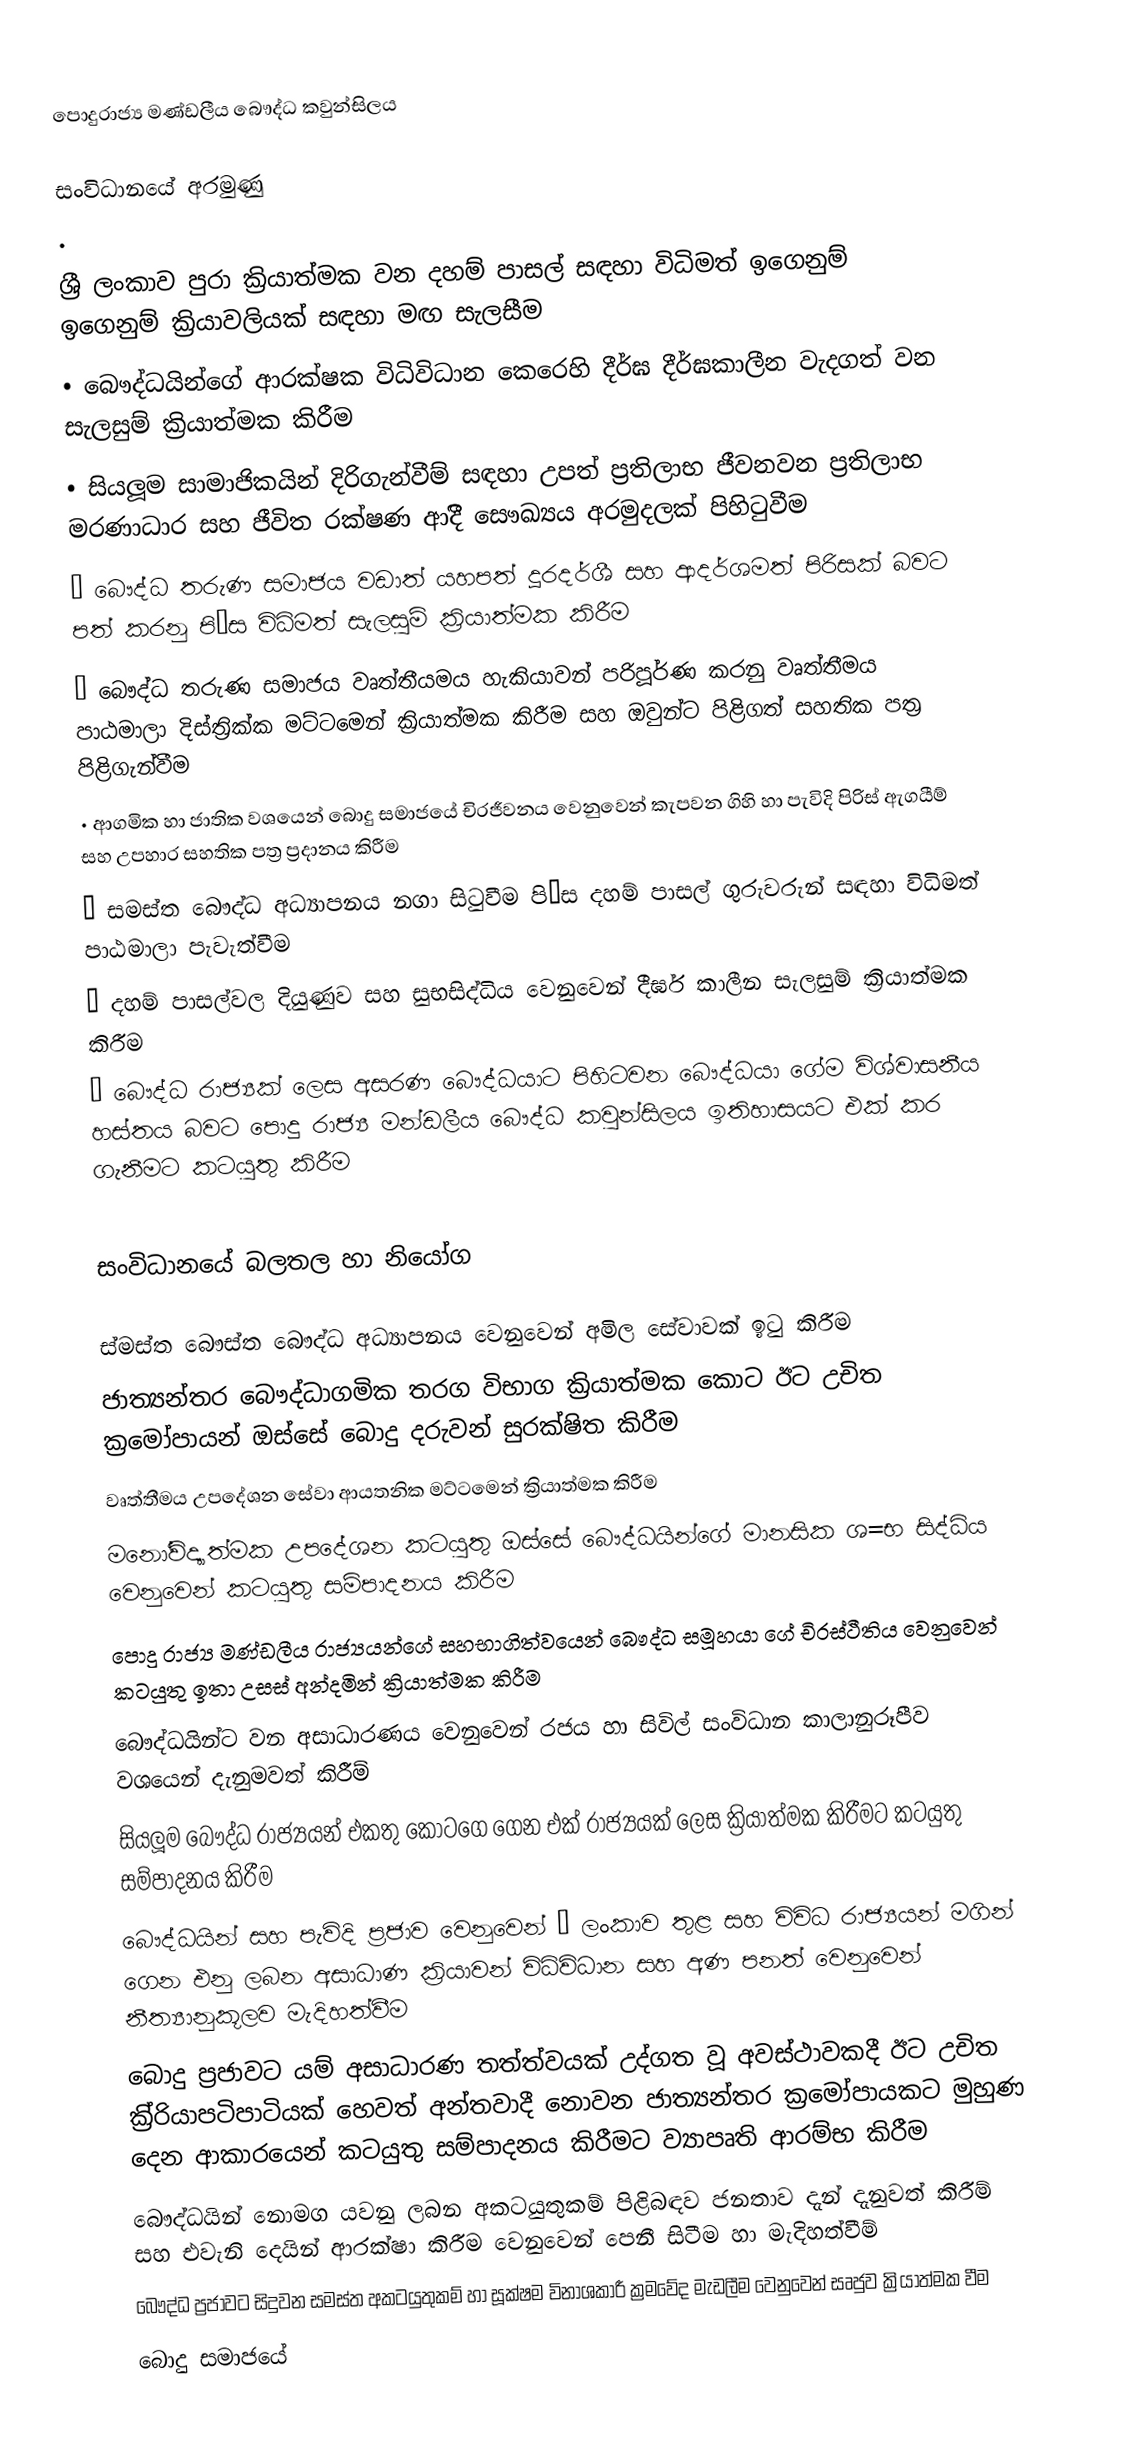
පොදුරාජ්‍ය මණ්ඩලීය බෞද්ධ කවුන්සිලය

සංවිධානයේ අරමුණු
•
 ශ්‍රී ලංකාව පුරා ක්‍රියාත්මක වන දහම් පාසල් සඳහා විධිමත් ඉගෙනුම්  ඉගෙනුම් ක්‍රියාවලියක් සඳහා මඟ සැලසීම
 •	බෞද්ධයින්ගේ  ආරක්ෂක විධිවිධාන කෙරෙහි දීර්ඝ දීර්ඝකාලීන වැදගත් වන සැලසුම් ක්‍රියාත්මක කිරීම
 •	සියලූම සාමාජිකයින් දිරිගැන්වීම් සඳහා උපත් ප්‍රතිලාභ ජීවනවන ප්‍රතිලාභ මරණාධාර සහ ජීවිත රක්ෂණ ආදිී සෞඛ්‍යය අරමුදලක් පිහිටුවීම
 •	බෞද්ධ තරුණ සමාජය වඩාත් යහපත් දූරදර්ශී සහ ආදර්ශමත් පිරිසක් බවට පත් කරනු පි‚ස විධිමත් සැලසුම් ක්‍රියාත්මක කිරීම
 •	බෞද්ධ තරුණ සමාජය වෘත්තීයමය  හැකියාවන් පරිපූර්ණ කරනු වෘත්තීමය පාඨමාලා දිස්ත්‍රික්ක මට්ටමෙන් ක්‍රියාත්මක කිරීම සහ ඔවුන්ට පිළිගත් සහතික පත්‍ර පිළිගැන්වීම
 •	ආගමික හා ජාතික වශයෙන් බොදු සමාජයේ චිරජීවනය වෙනුවෙන් කැපවන ගිහි හා පැවිදි පිරිස් ඇගයීම් සහ උපහාර සහතික පත්‍ර ප්‍රදානය කිරීම
 •	සමස්ත බෞද්ධ අධ්‍යාපනය නගා සිටුවීම පි‚ස දහම් පාසල් ගුරුවරුන් සඳහා විධිමත් පාඨමාලා පැවැත්වීම
 •	දහම් පාසල්වල දියුණුව සහ සුභසිද්ධිය වෙනුවෙන් දීර්ඝ කාලීන සැලසුම් ක්‍රියාත්මක කිරීම
 •	බෞද්ධ රාජ්‍යක් ලෙස  අසරණ බෞද්ධයාට පිහිටවන බෞද්ධයා ගේම විශ්වාසනීය හස්තය  බවට පොදු රාජ්‍ය මන්ඩලීය  බෞද්ධ කවුන්සිලය ඉතිහාසයට එක් කර ගැනීමට කටයුතු කිරීම

සංවිධානයේ බලතල හා නියෝග

 ස්මස්ත බෞස්ත බෞද්ධ අධ්‍යාපනය වෙනුවෙන් අමිල සේවාවක් ඉටු කිරීම
 	ජාත්‍යන්තර බෞද්ධාගමික තරග විභාග ක්‍රියාත්මක කොට  ඊට උචිත ක්‍රමෝපායන් ඔස්සේ බොදු දරුවන් සුරක්ෂිත කිරීම
 	වෘත්තීමය උපදේශන සේවා ආයතනික මට්ටමෙන් ක්‍රියාත්මක කිරීම
 	මනෝවිද්‍යාත්මක උපදේශන කටයුතු ඔස්සේ බෞද්ධයින්ගේ මානසික ශ=භ සිද්ධිය වෙනුවෙන්  කටයුතු සම්පාදනය කිරීම
 	පොදු රාජ්‍ය මණ්ඩලීය රාජ්‍යයන්ගේ සහභාගිත්වයෙන් බෞද්ධ සමූහයා ගේ චිරස්ථීතිය වෙනුවෙන් කටයුතු ඉතා උසස් අන්දමින් ක්‍රියාත්මක කිරීම
 	බෞද්ධයින්ට වන අසාධාරණය වෙනුවෙන් රජය හා සිවිල් සංවිධාන කාලානුරූපීව වශයෙන් දැනුමවත් කිරීම්
 	සියලූම බෞද්ධ රාජ්‍යයන් එකතු කොටගෙ ගෙන එක් රාජ්‍යයක් ලෙස ක්‍රියාත්මක කිරීමට කටයුතු සම්පාදනය කිරීම
 	බෞද්ධයින්  සහ පැවිදි ප්‍රජාව වෙනුවෙන් › ලංකාව තුළ සහ විවිධ රාජ්‍යයන් මගින් ගෙන එනු ලබන අසාධාණ ක්‍රියාවන් විධිවිධාන සහ අණ පනත් වෙනුවෙන් නීත්‍යානුකූලව මැදිහත්වීම
 	බොදු ප්‍රජාවට යම් අසාධාරණ තත්ත්වයක් උද්ගත වූ අවස්ථාවකදී ඊට උචිත ක්‍රි්‍රියාපටිපාටියක් හෙවත්  අන්තවාදී නොවන ජාත්‍යන්තර ක්‍රමෝපායකට මුහුණ දෙන ආකාරයෙන් කටයුතු සම්පාදනය කිරීමට ව්‍යාපෘති ආරම්භ කිරීම
 	බෞද්ධයින් නොමග යවනු ලබන අකටයුතුකම් පිළිබඳව ජනතාව දැන් දැනුවත් කිරීම් සහ එවැනි දෙයින් ආරක්ෂා කිරීම වෙනුවෙන් පෙනී සිටීම හා මැදිහත්වීම්
 	බෞද්ධ ප්‍රජාවට සිදුවන සමස්ත  අකටයුතුකම්  හා සූක්ෂම විනාශකාරී ක්‍රමවේද මැඩලීම වෙනුවෙන් සෘජුව ක්‍රියාත්මක වීම
 	බොදු සමාජයේ